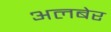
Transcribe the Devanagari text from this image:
अलबेर